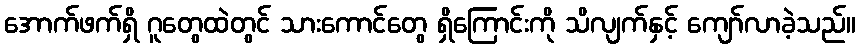
အောက်ဖက်ရှိ ဂူတွေထဲတွင် သားကောင်တွေ ရှိကြောင်းကို သိလျက်နှင့် ကျော်လာခဲ့သည်။